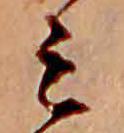
ミ